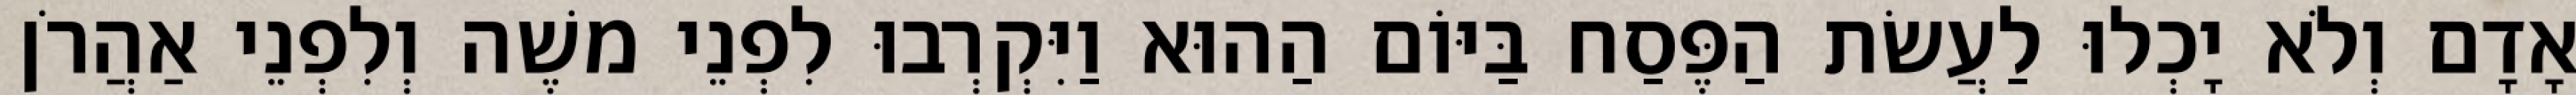
אָדָם וְלֹא יָכְלוּ לַעֲשׂת הַפֶּסַח בַּיּוֹם הַהוּא וַיִּקְרְבוּ לִפְנֵי משֶׁה וְלִפְנֵי אַהֲרֹן